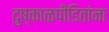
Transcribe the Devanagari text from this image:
दुष्काळपीडितांना